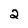
Character: 2